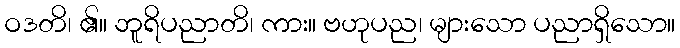
ဝဒတိ၊ ၏။ ဘူရိပညာတိ၊ ကား။ ဗဟုပည၊ များသော ပညာရှိသော။